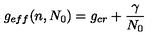
g _ { e f f } ( n , N _ { 0 } ) = g _ { c r } + { \frac { \gamma } { N _ { 0 } } }